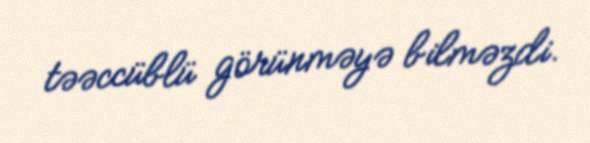
təəccüblü görünməyə bilməzdi.